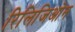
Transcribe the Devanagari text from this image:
रिलिजिओन